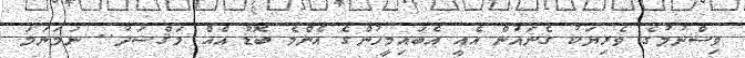
ވިސްނުމުގެ ވެރިޔަކު ގެނައުން އެއީ އެބައިމީހުންގެ އެންމެ ބޮޑު އެއް މަޤްސަދު.. ނަމަނަމަ